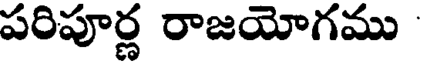
పరిపూర్ణ రాజయోగము